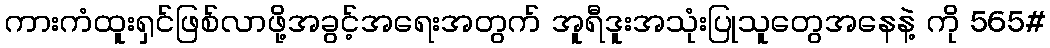
ကားကံထူးရှင်ဖြစ်လာဖို့အခွင့်အရေးအတွက် အူရီဒူးအသုံးပြုသူတွေအနေနဲ့ ကို 565#